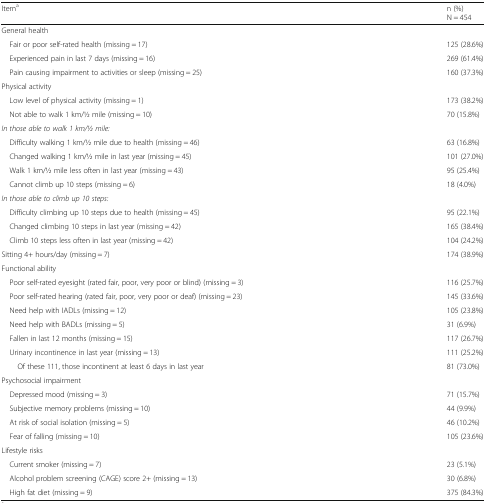
| Itema | n (%)N = 454 |
 | --- | --- |
 | <COLSPAN=2> General health |
 | Fair or poor self-rated health (missing = 17) | 125 (28.6%) |
 | Experienced pain in last 7 days (missing = 16) | 269 (61.4%) |
 | Pain causing impairment to activities or sleep (missing = 25) | 160 (37.3%) |
 | <COLSPAN=2> Physical activity |
 | Low level of physical activity (missing = 1) | 173 (38.2%) |
 | Not able to walk 1 km/1⁄2 mile (missing = 10) | 70 (15.8%) |
 | <COLSPAN=2> In those able to walk 1 km/1⁄2 mile: |
 | Difficulty walking 1 km/1⁄2 mile due to health (missing = 46) | 63 (16.8%) |
 | Changed walking 1 km/1⁄2 mile in last year (missing = 45) | 101 (27.0%) |
 | Walk 1 km/1⁄2 mile less often in last year (missing = 43) | 95 (25.4%) |
 | Cannot climb up 10 steps (missing = 6) | 18 (4.0%) |
 | <COLSPAN=2> In those able to climb up 10 steps: |
 | Difficulty climbing up 10 steps due to health (missing = 45) | 95 (22.1%) |
 | Changed climbing 10 steps in last year (missing = 42) | 165 (38.4%) |
 | Climb 10 steps less often in last year (missing = 42) | 104 (24.2%) |
 | Sitting 4+ hours/day (missing = 7) | 174 (38.9%) |
 | <COLSPAN=2> Functional ability |
 | Poor self-rated eyesight (rated fair, poor, very poor or blind) (missing = 3) | 116 (25.7%) |
 | Poor self-rated hearing (rated fair, poor, very poor or deaf) (missing = 23) | 145 (33.6%) |
 | Need help with IADLs (missing = 12) | 105 (23.8%) |
 | Need help with BADLs (missing = 5) | 31 (6.9%) |
 | Fallen in last 12 months (missing = 15) | 117 (26.7%) |
 | Urinary incontinence in last year (missing = 13) | 111 (25.2%) |
 | Of these 111, those incontinent at least 6 days in last year | 81 (73.0%) |
 | <COLSPAN=2> Psychosocial impairment |
 | Depressed mood (missing = 3) | 71 (15.7%) |
 | Subjective memory problems (missing = 10) | 44 (9.9%) |
 | At risk of social isolation (missing = 5) | 46 (10.2%) |
 | Fear of falling (missing = 10) | 105 (23.6%) |
 | <COLSPAN=2> Lifestyle risks |
 | Current smoker (missing = 7) | 23 (5.1%) |
 | Alcohol problem screening (CAGE) score 2+ (missing = 13) | 30 (6.8%) |
 | High fat diet (missing = 9) | 375 (84.3%) |